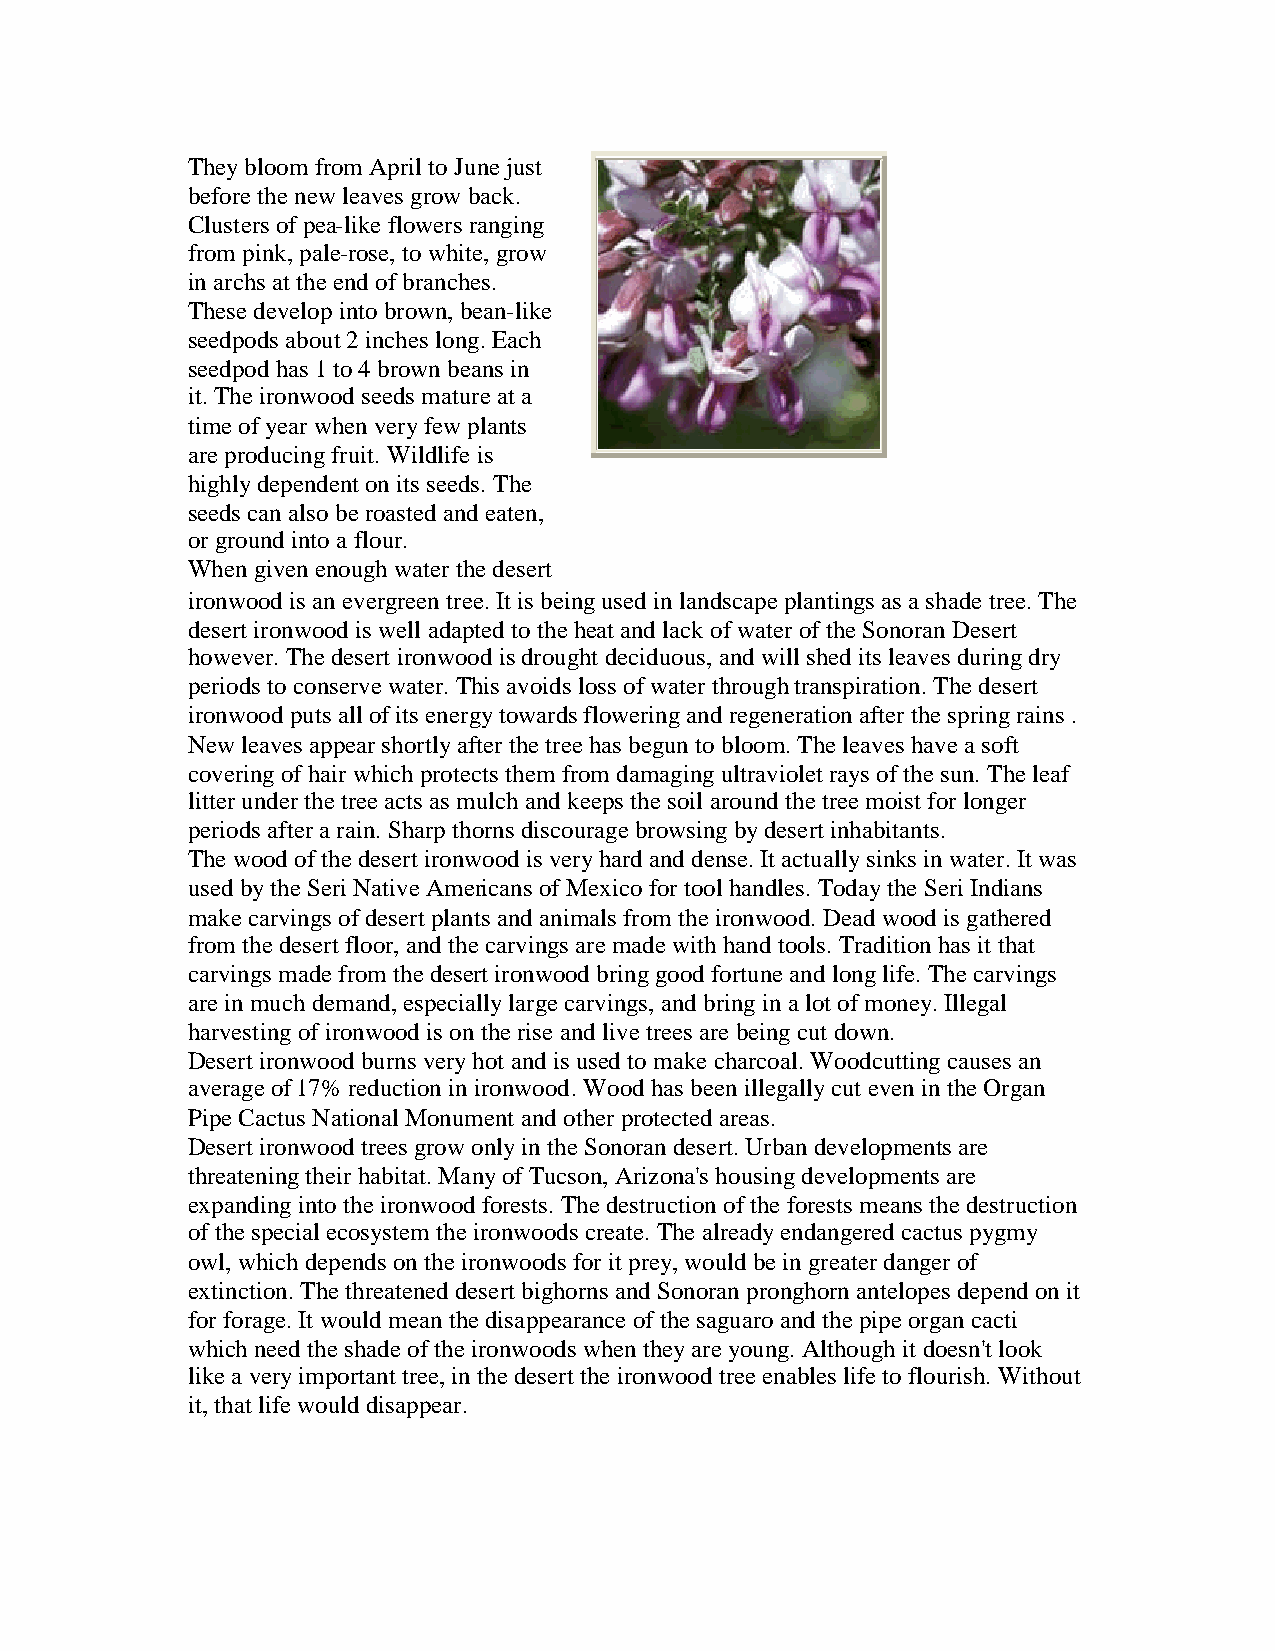
Theybloom from April toJunejust
 beforethenewleaves growback.
 Clusters ofpea-likeflowers ranging
 from pink,pale-rose,towhite,grow
 inarchs at theendofbranches.
 Thesedevelopintobrown,bean-like
 seedpods about2inches long.Each
 seedpodhas1to4brownbeans in
 it.Theironwoodseeds matureat a
 timeofyearwhenveryfewplants
 areproducingfruit.Wildlifeis
 highlydependent onits seeds. The
 seeds canalso beroastedandeaten,
 orgroundintoaflour.
 Whengivenenoughwaterthedesert
 ironwoodis anevergreentree.It is beingusedinlandscapeplantings as ashadetree.The
 desert ironwoodis well adaptedtotheheat andlackofwateroftheSonoranDesert
 however.Thedesert ironwoodisdrought deciduous,andwill shed its leaves duringdry
 periods toconservewater.This avoids loss ofwaterthroughtranspiration.Thedesert
 ironwoodputs all ofits energytowardsfloweringandregenerationafterthespringrains .
 Newleaves appearshortlyafterthetreehas beguntobloom.Theleaves haveasoft
 coveringofhairwhichprotects them from damagingultraviolet rays ofthesun. Theleaf
 litterunderthetreeacts as mulchandkeeps thesoil aroundthetreemoist forlonger
 periods afterarain.Sharpthorns discouragebrowsingbydesert inhabitants.
 Thewoodofthedesert ironwoodis veryhardanddense.It actuallysinks inwater.It was
 used bytheSeri NativeAmericans ofMexicofortool handles. TodaytheSeri Indians
 makecarvings ofdesert plants andanimals from theironwood.Deadwoodis gathered
 from thedesert floor,andthecarvings aremadewithhandtools. Traditionhas it that
 carvings madefrom thedesert ironwoodbringgoodfortuneandlonglife.Thecarvings
 areinmuchdemand,especiallylargecarvings, andbringinalot ofmoney.Illegal
 harvestingofironwoodis ontheriseandlivetrees arebeingcut down.
 Desert ironwoodburns veryhot andis usedtomakecharcoal.Woodcuttingcauses an
 averageof17% reductioninironwood.Woodhas beenillegallycut evenintheOrgan
 PipeCactus National Monument andotherprotectedareas.
 Desert ironwoodtrees growonlyintheSonorandesert.Urbandevelopments are
 threateningtheirhabitat.ManyofTucson, Arizona's housingdevelopments are
 expandingintotheironwoodforests. Thedestructionoftheforests means thedestruction
 ofthespecial ecosystem theironwoods create.Thealreadyendangeredcactus pygmy
 owl,whichdepends ontheironwoods forit prey,wouldbeingreaterdangerof
 extinction.Thethreateneddesert bighorns andSonoranpronghornantelopes dependonit
 forforage.It wouldmeanthedisappearanceofthesaguaroandthepipeorgancacti
 whichneedtheshadeoftheironwoods whentheyareyoung.Althoughit doesn't look
 likeaveryimportant tree,inthedesert theironwoodtreeenables lifetoflourish. Without
 it,that lifewoulddisappear.